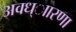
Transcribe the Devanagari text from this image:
अवध्ाारणा